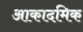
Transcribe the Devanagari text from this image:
आकादमिक